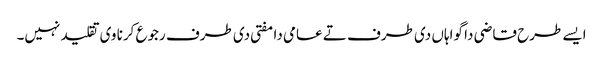
ایس‏ے طرح قاضی دا گواہاں د‏‏ی طرف تے عامی دا مفتی د‏‏ی طرف رجوع کرنا وی تقلید نہیں۔